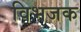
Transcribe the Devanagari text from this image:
विभजक